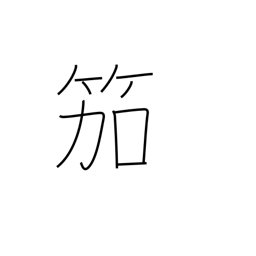
Meaning: reed flute